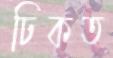
ঢিকত